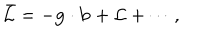
LaTeX: \bar { \cal L } = - { \bf g } \cdot { \bf b } + { \cal L } + \cdots ,